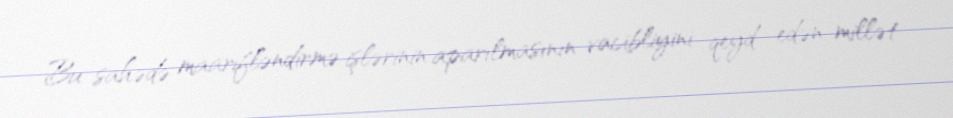
Bu sahədə maarifləndirmə işlərinin aparılmasının vacibliyini qeyd edən millət